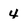
Character: 4